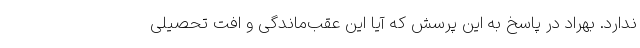
ندارد. بهراد در پاسخ به این پرسش که آیا این عقب‌ماندگی و افت تحصیلی